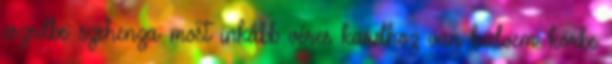
eszedbe: szehenza: most inkább véres kardhoz van kedvem. körbe